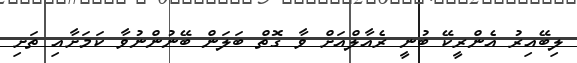
ލިބޭއިރު އެންރީކޭ ބުނީ ރެއާލްއަށް ވާ ގޮތް ބަލަން ބޭނުންނުވާ ކަމަށާއި ތަށި